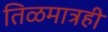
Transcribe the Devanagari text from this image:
तिळमात्रही